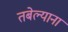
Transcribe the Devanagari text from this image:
तबेल्याना